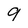
Character: 9